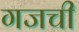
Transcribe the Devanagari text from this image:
गजची